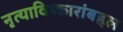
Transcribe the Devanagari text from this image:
नृत्याविष्कारांबद्दल